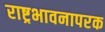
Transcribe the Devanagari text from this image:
राष्ट्रभावनापरक